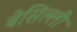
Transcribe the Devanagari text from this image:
बेसिल्ली